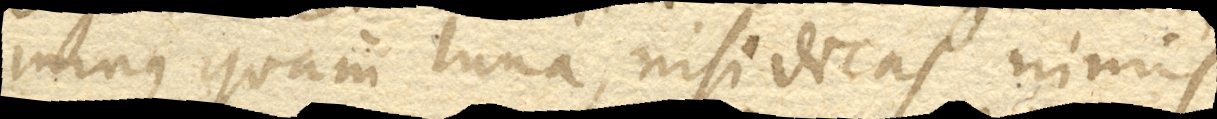
minus quam luna, nisi dicas nimis